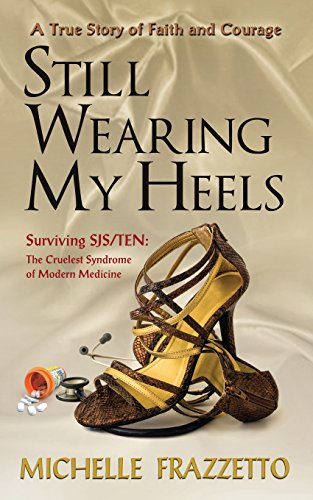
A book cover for Still Wearing My Heels, Surviving SJS/TEN: The Cruelest Syndrome of Modern Medicine; Michelle Frazzetto; Health, Fitness & Dieting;